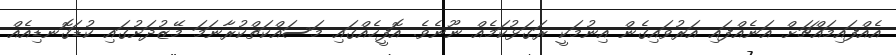
އެއްފައިމައްޗަށް އަނެއްފައި އަރުވައިގެން އިނުމަކީ ރަގަޅުކަމެއް ނޫނެވެ. އޮފީހެއްގައި މަސައްކަތްކުރާނަމަ މޭޒުދަށުގައި ކުޑަގޮނޑިއެއް